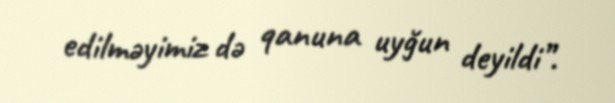
edilməyimiz də qanuna uyğun deyildi”.